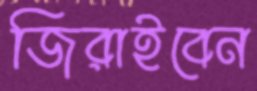
জিরাইবেন